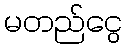
မတည်ငွေ